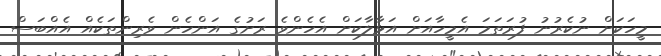
މީހަކަށް ނުކެރުނު ފުރަތަމަ އެމީހާއަށް އަޅާލާކަށް އެހެންވެ ރަށުގެ އަންހެން ވެރިންތަކެއް އެއްބަސް